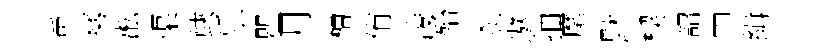
兎蕐淞渠蛺乐瞿月檜侑凌殆刹遨抽麾默楔詔申緝